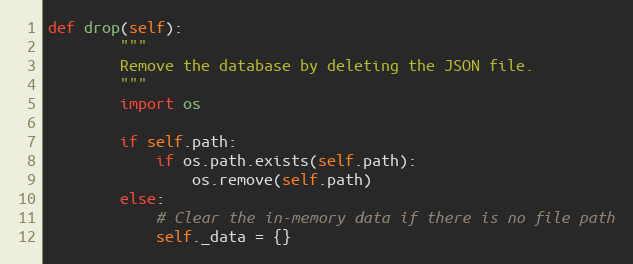
Language: Python
def drop(self):
        """
        Remove the database by deleting the JSON file.
        """
        import os

        if self.path:
            if os.path.exists(self.path):
                os.remove(self.path)
        else:
            # Clear the in-memory data if there is no file path
            self._data = {}